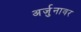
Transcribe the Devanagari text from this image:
अर्जुनावर